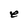
Character: e